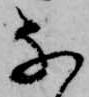
な